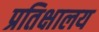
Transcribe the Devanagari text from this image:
प्रतिक्षालय